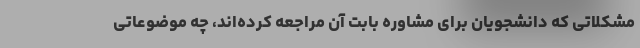
مشکلاتی که دانشجویان برای مشاوره بابت آن مراجعه کرده‌اند، چه موضوعاتی